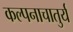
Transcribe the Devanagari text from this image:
कल्पनाचातुर्य